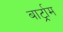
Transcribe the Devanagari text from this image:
बार्ट्राम